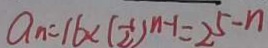
a _ { n } = 1 6 < ( \frac { 1 } { 2 } ) ^ { n - 1 } = 2 ^ { 5 } - n